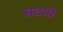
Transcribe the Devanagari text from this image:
सटारी